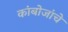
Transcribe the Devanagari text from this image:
कांबोजांचे